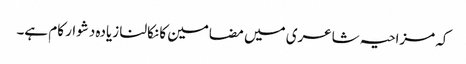
کہ مزاحیہ شاعری میں مضامین کا نکالنا زیادہ دشوار کام ہے۔